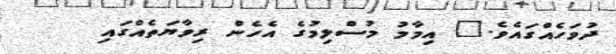
ދުވަހެއްގައެވެ." އިމާމު މުސްލިމުގެ އެހެން ރިވާޔަތެއްގައި